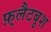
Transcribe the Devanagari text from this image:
फ़्लैटबुश